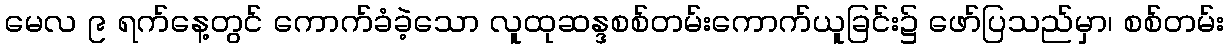
မေလ ၉ ရက်နေ့တွင် ကောက်ခံခဲ့သော လူထုဆန္ဒစစ်တမ်းကောက်ယူခြင်း၌ ဖော်ပြသည်မှာ၊ စစ်တမ်း